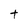
Character: t